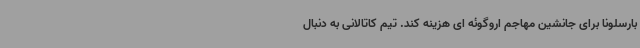
بارسلونا برای جانشین مهاجم اروگوئه ای هزینه کند. تیم کاتالانی به دنبال